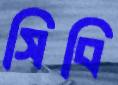
সিবি